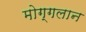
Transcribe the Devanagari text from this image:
मोग्गलान